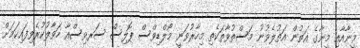
މީނާއާއި މީނާގެ އަތުން އަތުލެވުނު މަސްތުވާތަކެތި މިހާރުވަނީ މޯލްޑިވްސް ޕޮލިސް ސަރވިސްއާ ހަވާލުކުރެވިފައިކަމަށް